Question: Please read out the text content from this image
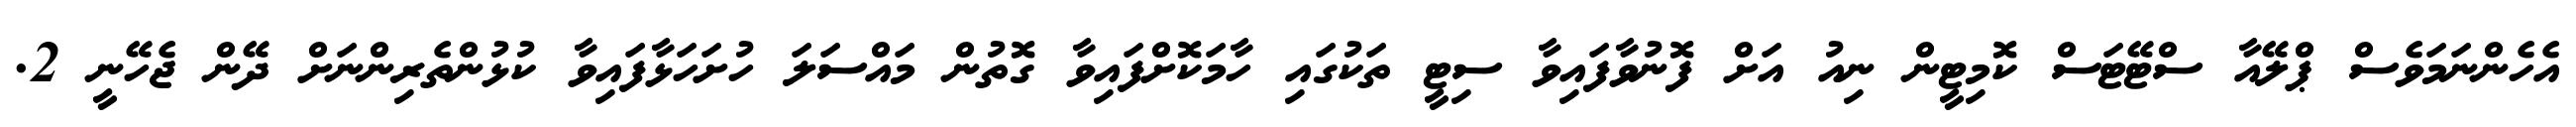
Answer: އެހެންނަމަވެސް ޕްލޭއާ ސްޓޭޓަސް ކޮމިޓީން ނިއު އަށް ފޮނުވާފައިވާ ސިޓީ ތަކުގައި ހާމަކޮށްފައިވާ ގޮތުން މައްސަލަ ހުށަހަޅާފައިވާ ކުޅުންތެރިންނަށް ދޭން ޖެހޭނީ 2.